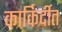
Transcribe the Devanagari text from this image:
कार्किर्दीत